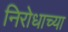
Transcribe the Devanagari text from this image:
निरोधाच्या